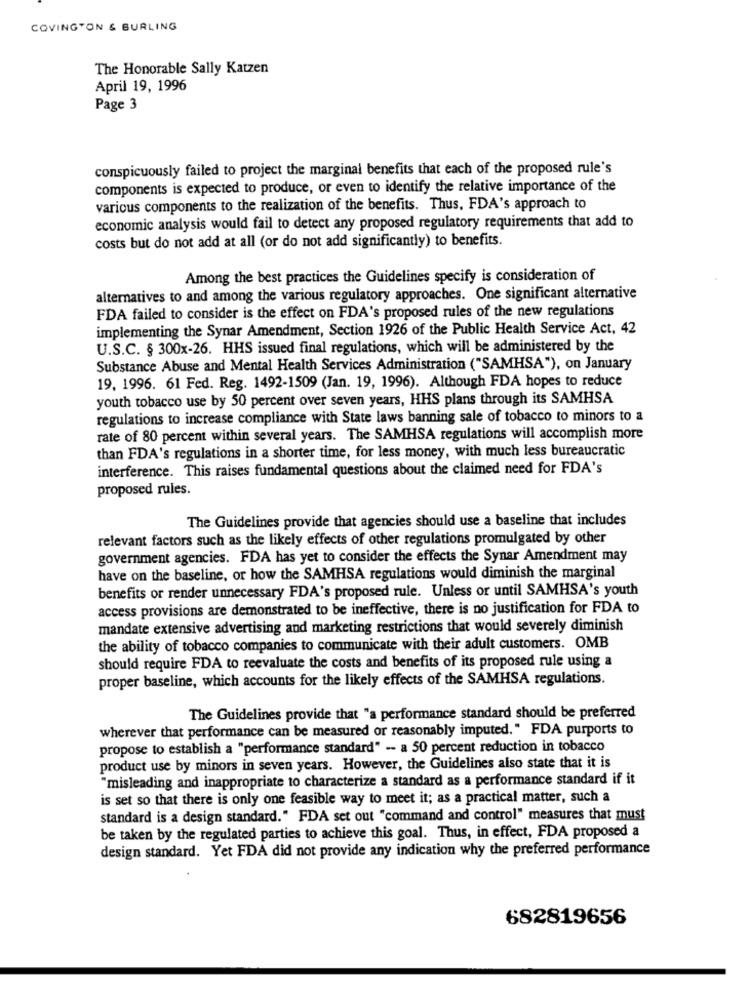
COVINGTON & BURLING
The Honorable Sally Katzen
April 19, 1996
Page 3
conspicuously failed to project the marginal benefits that each of the proposed rule's
components is expected to produce, or even to identify the relative importance of the
various components to the realization of the benefits. Thus, FDA's approach to
economic analysis would fail to detect any proposed regulatory requirements that add to
costs but do not add at all (or do not add significantly) to benefits.
Among the best practices the Guidelines specify is consideration of
alternatives to and among the various regulatory approaches. One significant alternative
FDA failed to consider is the effect on FDA's proposed rules of the new regulations
implementing the Synar Amendment, Section 1926 of the Public Health Service Act, 42
U.S.C. § 300x-26. HHS issued final regulations, which will be administered by the
Substance Abuse and Mental Health Services Administration ("SAMHSA"), on January
19. 1996. 61 Fed. Reg. 1492-1509 (Jan. 19, 1996). Although FDA hopes to reduce
youth tobacco use by 50 percent over seven years, HHS plans through its SAMHSA
regulations to increase compliance with State laws banning sale of tobacco to minors to a
rate of 80 percent within several years. The SAMHSA regulations will accomplish more
than FDA's regulations in a shorter time, for less money, with much less bureaucratic
interference. This raises fundamental questions about the claimed need for FDA's
proposed rules.
The Guidelines provide that agencies should use a baseline that includes
relevant factors such as the likely effects of other regulations promulgated by other
government agencies. FDA has yet to consider the effects the Synar Amendment may
have on the baseline, or how the SAMHSA regulations would diminish the marginal
benefits or render unnecessary FDA's proposed rule. Unless or until SAMHSA's youth
access provisions are demonstrated to be ineffective, there is no justification for FDA to
mandate extensive advertising and marketing restrictions that would severely diminish
the ability of tobacco companies to communicate with their adult customers. OMB
should require FDA to reevaluate the costs and benefits of its proposed rule using a
proper baseline, which accounts for the likely effects of the SAMHSA regulations.
The Guidelines provide that "a performance standard should be preferred
wherever that performance can be measured or reasonably imputed." FDA purports to
propose to establish a "performance standard" -- a 50 percent reduction in tobacco
product use by minors in seven years. However, the Guidelines also state that it is
"misleading and inappropriate to characterize a standard as a performance standard if it
is set so that there is only one feasible way to meet it; as a practical matter, such a
standard is a design standard." FDA set out "command and control" measures that must
be taken by the regulated parties to achieve this goal. Thus, in effect, FDA proposed a
design standard. Yet FDA did not provide any indication why the preferred performance
682819656